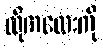
ထိုကလေးကို